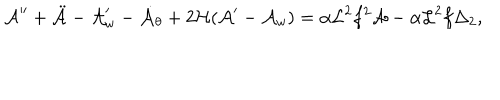
{ \cal A } ^ { \prime \prime } + \ddot { { \cal A } } - { \cal A } _ { w } ^ { \prime } - \dot { { \cal A } } _ { \theta } + 2 { \cal H } ( { \cal A } ^ { \prime } - { \cal A } _ { w } ) = \alpha { \cal L } ^ { 2 } f ^ { 2 } { \cal A } - \alpha { \cal L } ^ { 2 } f \Delta _ { 2 } ,